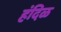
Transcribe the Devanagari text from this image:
हंदिळ